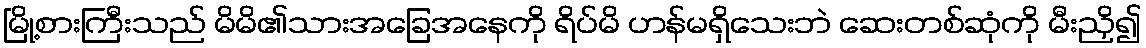
မြို့စားကြီးသည် မိမိ၏သားအခြေအနေကို ရိပ်မိ ဟန်မရှိသေးဘဲ ဆေးတစ်ဆုံကို မီးညှိ၍